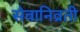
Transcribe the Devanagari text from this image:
सेवानिव्रती